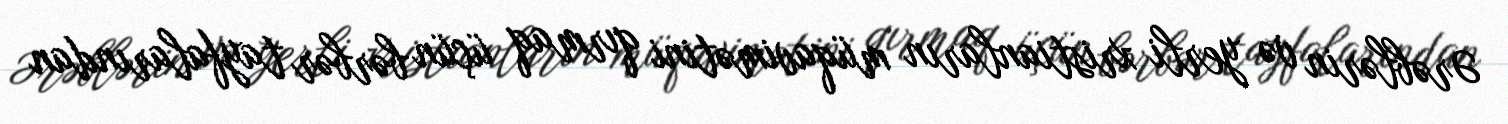
Ərəblərin və yerli xristianların müqavimətini qırmaq üçün bərbər tayfalarından